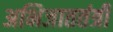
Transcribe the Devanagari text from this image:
अभिजाततंत्री